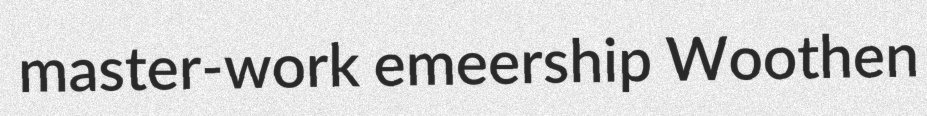
master-work emeership Woothen